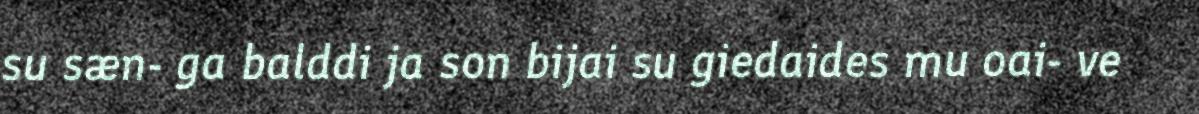
su sæn- ga balddi ja son bijai su giedaides mu oai- ve